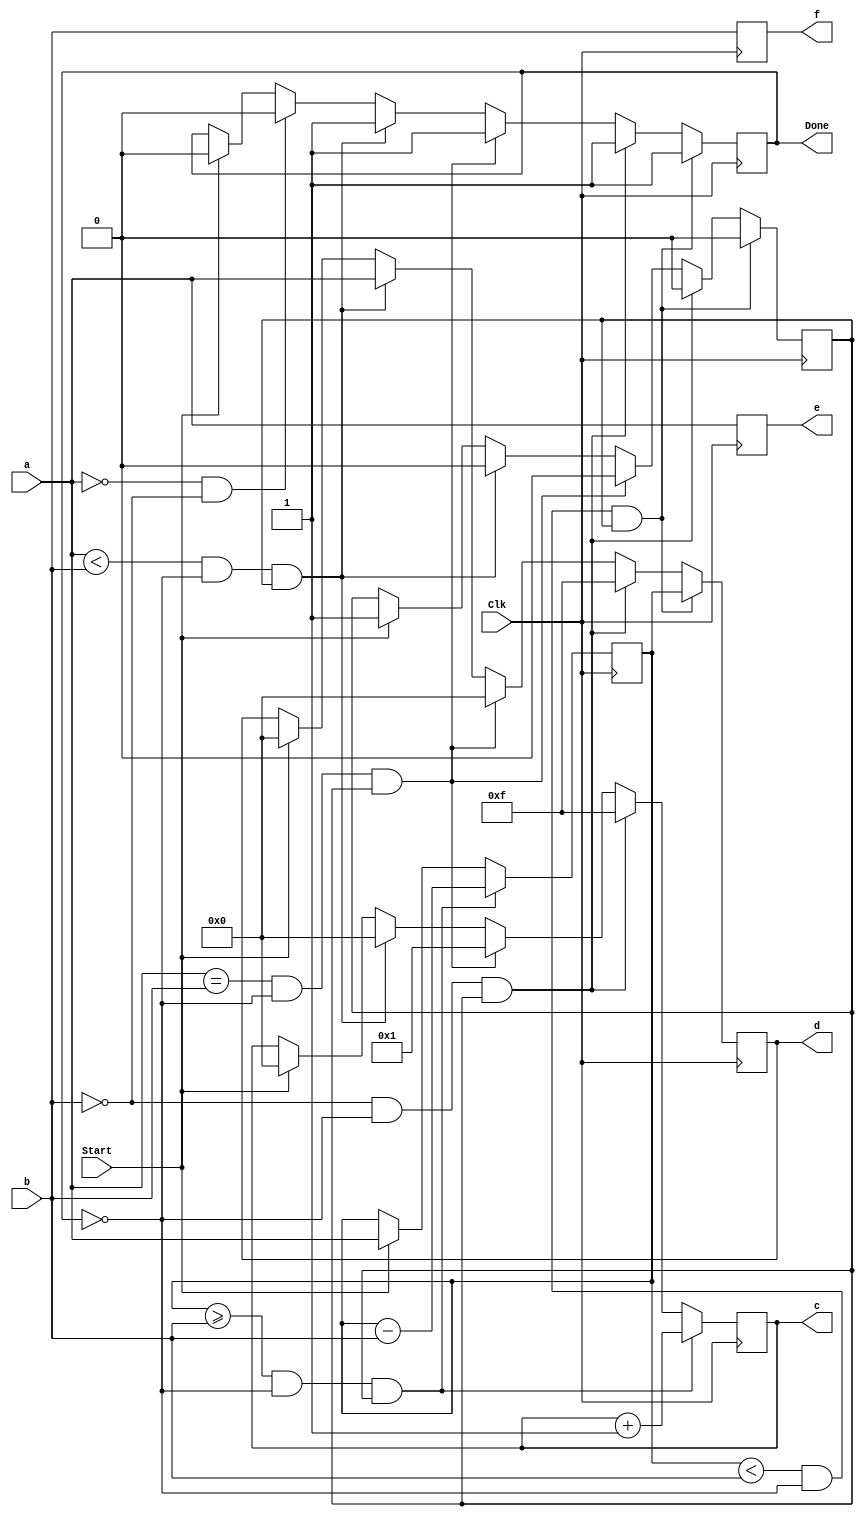
module Divesion(Clk,Start,Done,a,b,c,d,e,f);
	input Clk,Start;
	input[3:0] a;
	input[3:0] b;
	
	output reg Done;
	output reg[3:0] c;
	output reg[3:0] d;
	output reg[3:0] e;
	output reg[3:0] f;
	
	reg[3:0] temp;
	reg Flag;
	    always @(posedge Clk)
        begin
		  e[3:0] <= a[3:0];
		  f[3:0] <= b[3:0];
            if(Start)
                begin
                    Flag <= 1;
                    Done <= 0;
                    temp[3:0] <= a[3:0];
                    c[3:0] <= 4'b0;          //0000c
						  d[3:0] <= 4'b0;  
                end
            if((a[3:0] == 4'b0)&&(b[3:0] == 4'b0))
                begin
                    Done <= 0;
                end
            if((a[3:0] < b[3:0])&&(Done == 0)&&(Flag == 1))  //ab0
                begin
                    c[3:0] <= 4'b0;
                    d[3:0] <= a[3:0];
                    Done <= 1;
                    Flag <= 0;
                end
            if((a[3:0] == b[3:0])&&(Done == 0)&&(Flag == 1))  //ab10
                begin
                    c[3:0] <= 4'b0001;
                    d[3:0] <= 4'b0;
                    Done <= 1;
                    Flag <= 0;
                end
            if((b[3:0] == 4'b0)&&(Done == 0)&&(Flag == 1))  //0F
                begin
                    c[3:0] <= 4'b1111;
                    d[3:0] <= 4'b1111;
                    Done <= 1;
                    Flag <= 0;
                end
            if((temp[3:0] >= b[3:0])&&(Done == 0)&&(Flag == 1))  //ab
                begin
                    temp[3:0] <= temp[3:0]-b[3:0];
                    c[3:0] <= c[3:0] + 1;
                end
            if((temp[3:0] < b[3:0])&&(Done == 0)&&(Flag == 1))
                begin
                    d[3:0] <= temp[3:0];
                    Done <= 1;
                    Flag <= 0;
                end
        end
endmodule